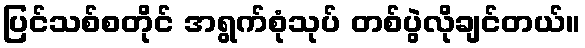
ပြင်သစ်စတိုင် အရွက်စုံသုပ် တစ်ပွဲလိုချင်တယ်။